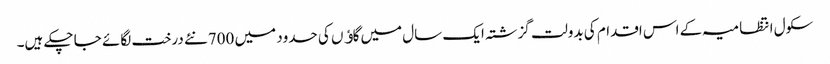
سکول انتظامیہ کے اس اقدام کی بدولت گزشتہ ایک سال میں گاﺅں کی حدود میں 700نئے درخت لگائے جا چکے ہیں۔